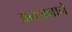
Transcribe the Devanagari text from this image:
अनशनाने